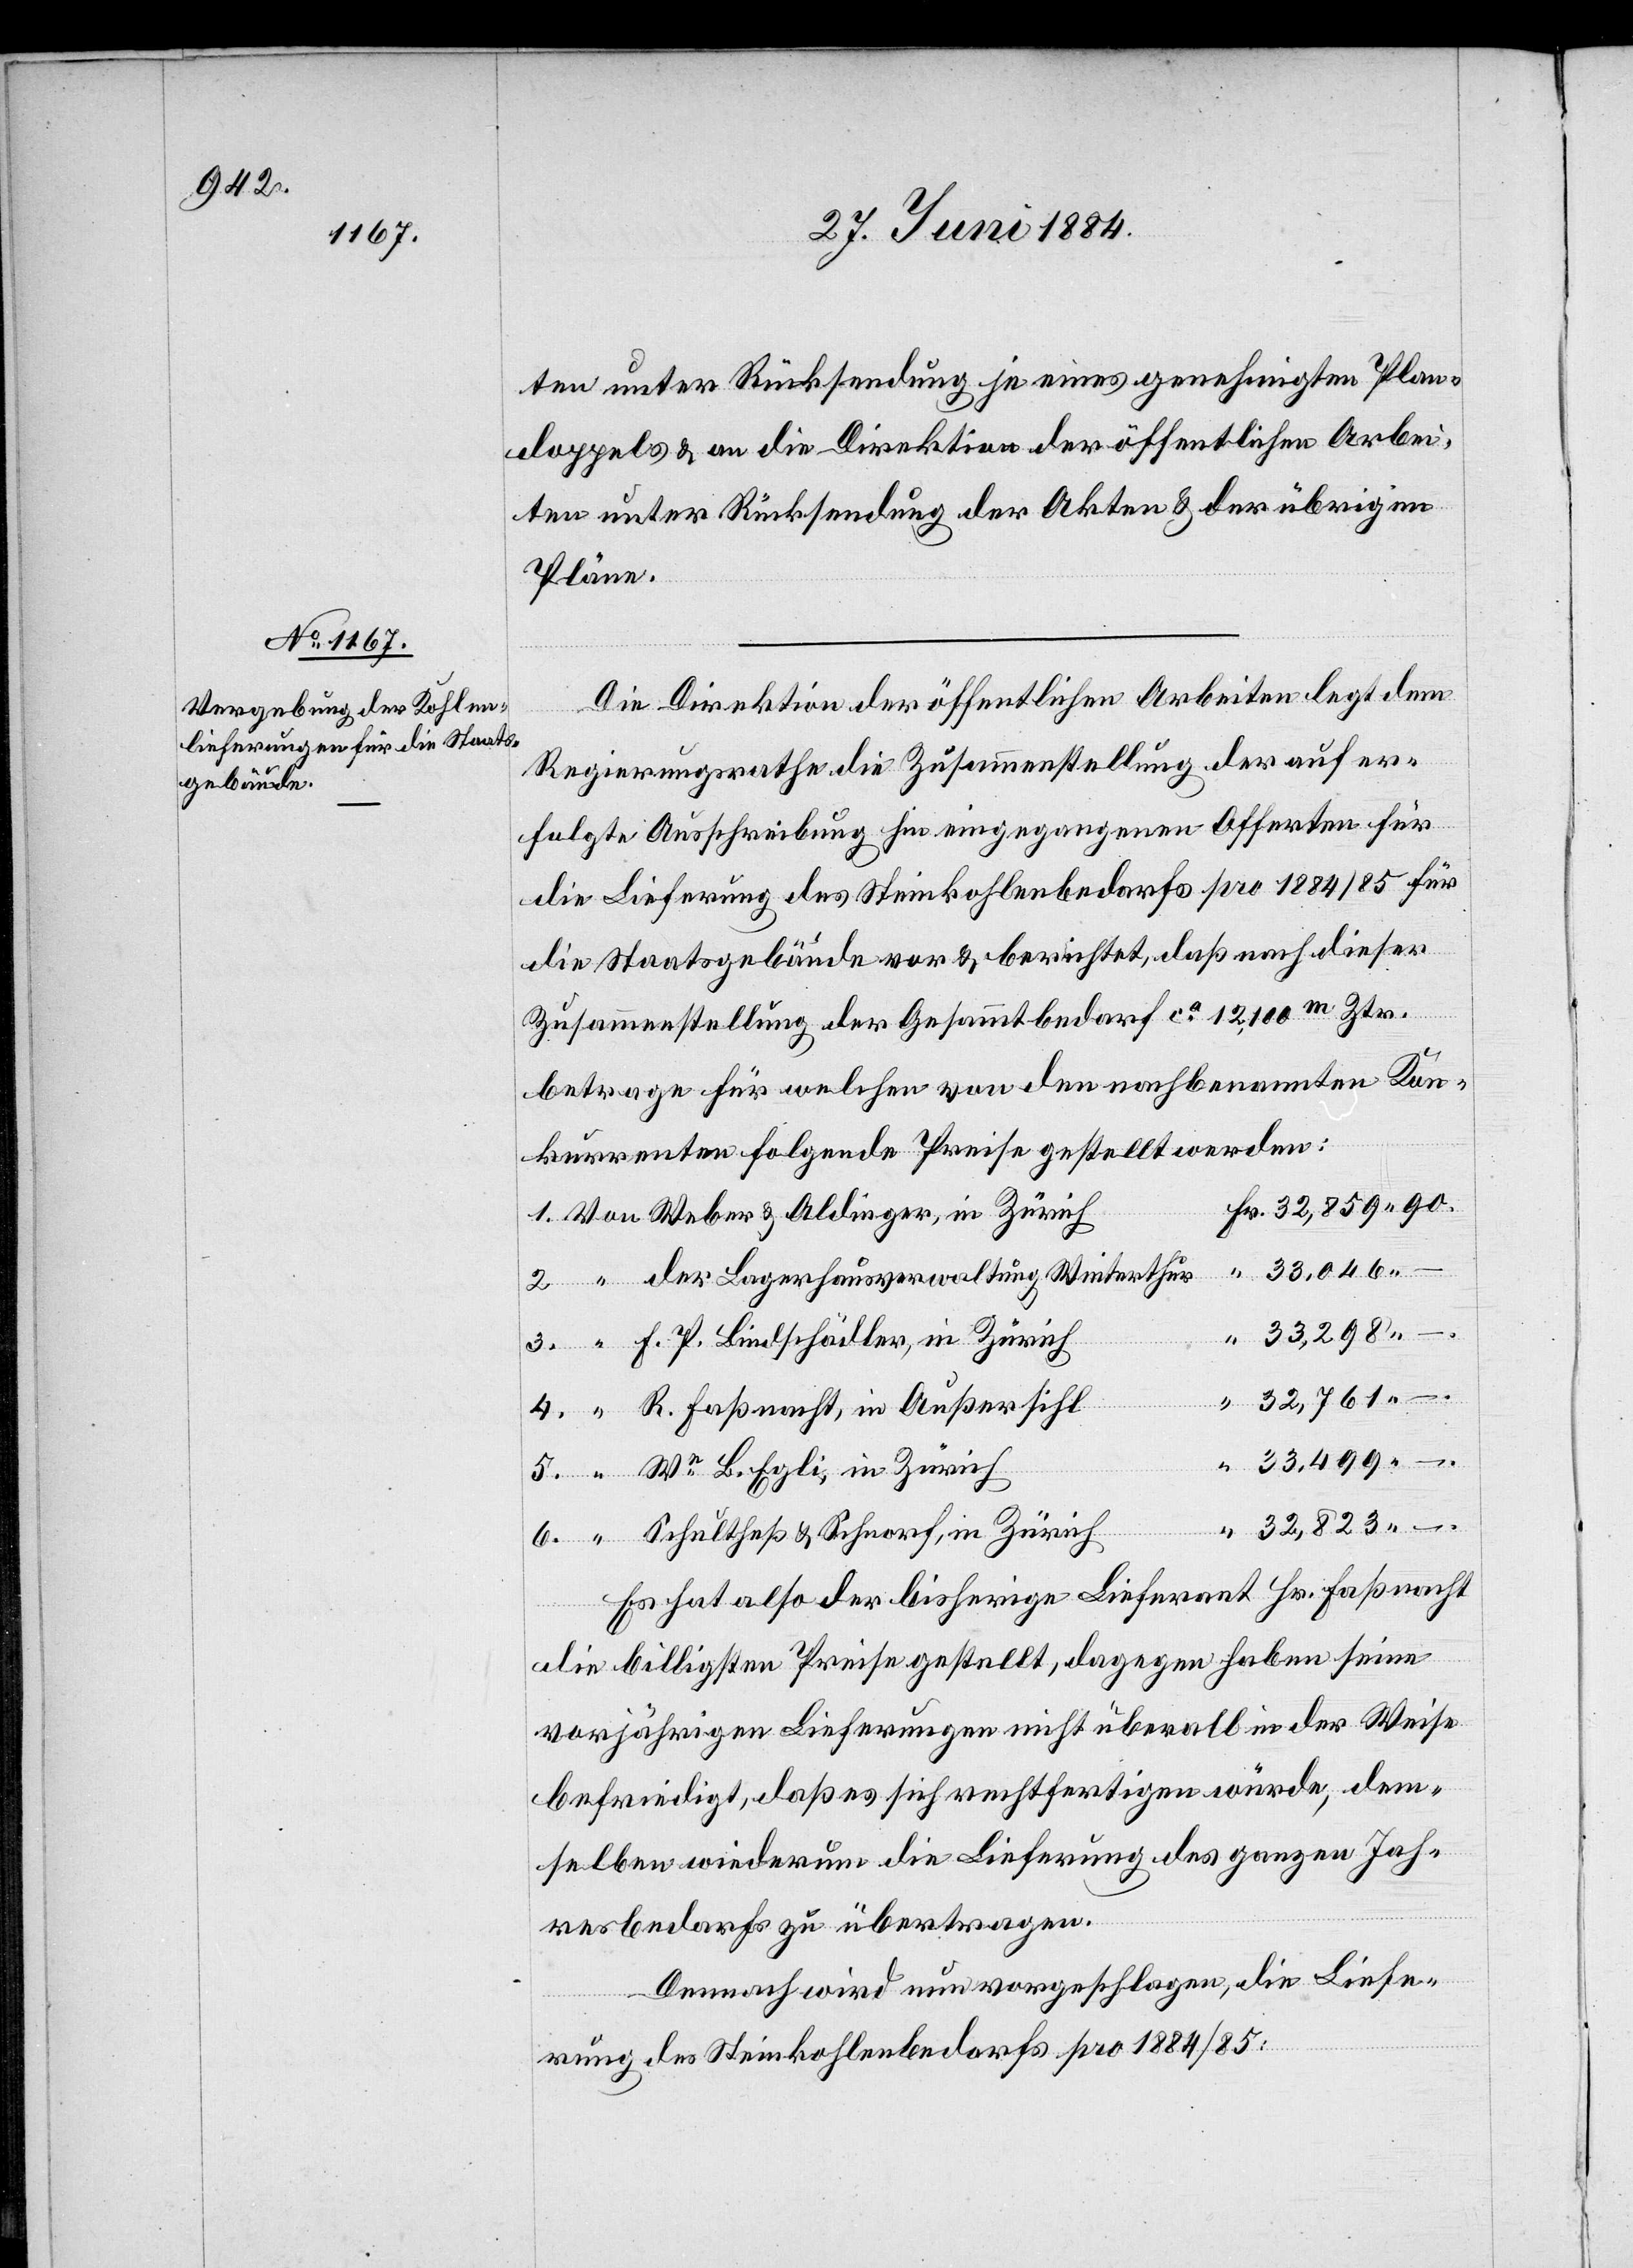
ten unter Rücksendung je eines genehmigen Plan¬
doppels & an die Direktion der öffentlichen Arbei¬
ten unter Rücksendung der Akten & der übrigen
Pläne.
Die Direktion der öffentlichen Arbeiten legt dem
Regierungsrathe die Zusammenstellung der auf er¬
folgte Ausschreibung hin eingegangenen Offerten für
die Lieferung des Steinkohlebedarfs pro 1884/85 für
die Staatsgebäude vor & berichtet, daß nach dieser
Zusammenstellung der Gesammtbedarf ca 12,100m Ztr.
betrage für welchen von den nachbenannten Kon¬
kurrenten folgende Preise gestellt werden:
der Lagerhausverwaltung Winterthur
33,298
4.
F. P. Bindschädler, in Zürich
R. Faßnacht, in Außersihl
Ww B. Egli, in Zürich
“
Schultheß & Schnorf, in Zürich
Es hat also der bisherige Lieferant Hr. Faßnacht
in
die billigsten Preise gestellt, dagegen haben seine
vorjährigen Lieferungen nicht überall in der Weise
befriedigt, daß es sich rechtfertigen würde, dem¬
selben wiederum die Lieferung des ganzen Jah¬
resbedarfs zu übertragen.
Demnach wird nun vorgeschlagen, die Liefe¬
–.
rung des Steinkohlenbedarfs pro 1884/85: